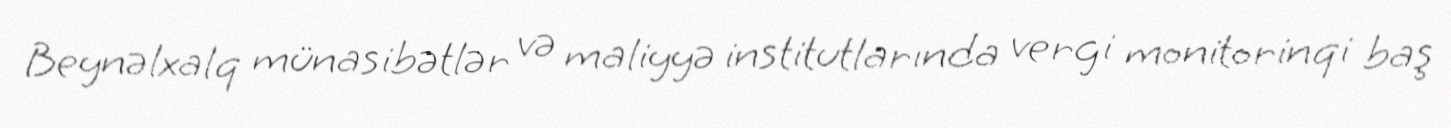
Beynəlxalq münasibətlər və maliyyə institutlarında vergi monitorinqi baş